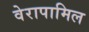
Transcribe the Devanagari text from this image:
वेरापामिल